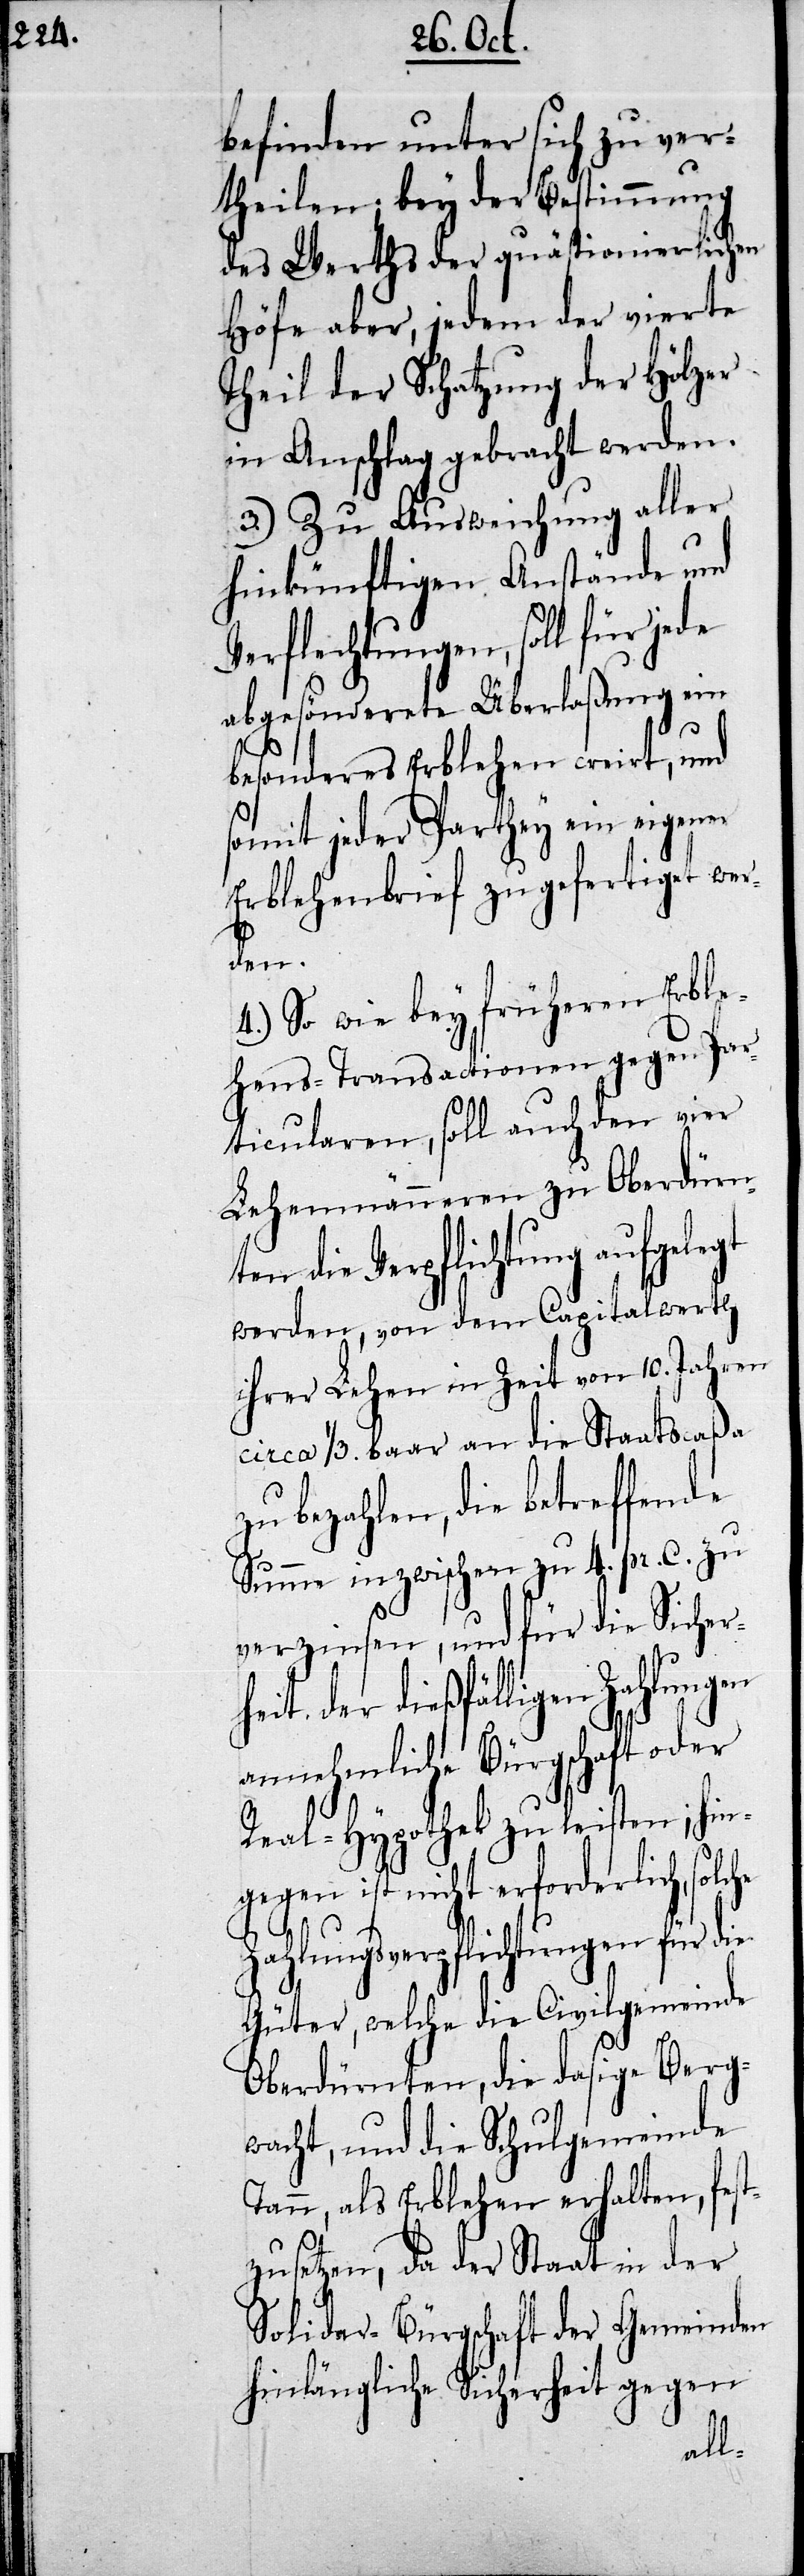
befinden unter sich zu ver¬
theilen; bey der Bestimmung
des Werths der quästionierlichen
Höfe aber, jedem der vierte
Theil der Schatzung der Hölzer
in Anschlag gebracht werden.
3.) Zu Ausweichung aller
hinkünftigen Anstände und
Verflechtungen, soll für jede
abgesönderte Überlaßung ein
besonderes Erblehen creirt, und
somit jeder Parthey ein eigener
Erblehenbrief zugefertiget wer¬
he
4.) So wie bey früheren Erble¬
hens-Transactionen gegen Par¬
ticularen, soll auch den vier
Lehenmänneren zu Oberdürn¬
die Verpflichtung aufgelegt
werden, von dem Capitalwerth
ihrer Lehen in Zeit von 10. Jahren
circa 1/3. baar an die Staatscaßa
zu bezahlen, die betreffende
Summe inzwischen zu 4. pr. C. zu
verzinsen, und für die Sicher¬
heit der dießfälligen Zahlungen
annehmliche Bürgschaft oder
Real-Hypothek zu leisten; hin¬
gegen ist nicht erforderlich, solc¬
Zahlungsverpflichtungen für die
Güter, welche die Civilgemeinde
Oberdürnten, die dasige Berg¬
wacht, und die Schulgemeinde
Tann, als Erblehen erhalten, fest¬
zusetzen, da der Staat in der
Solidar-Bürgschaft der Gemeinden
hinlängliche Sicherheit gegen